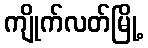
ကျိုက်လတ်မြို့